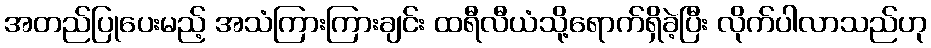
အတည်ပြုပေးမည့် အသံကြားကြားချင်း ထရီလီယံသို့ရောက်ရှိခဲ့ပြီး လိုက်ပါလာသည်ဟု